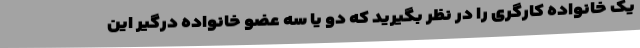
یک خانواده کارگری را در نظر بگیرید که دو یا سه عضو خانواده درگیر این